Report on horse surra - Volume I
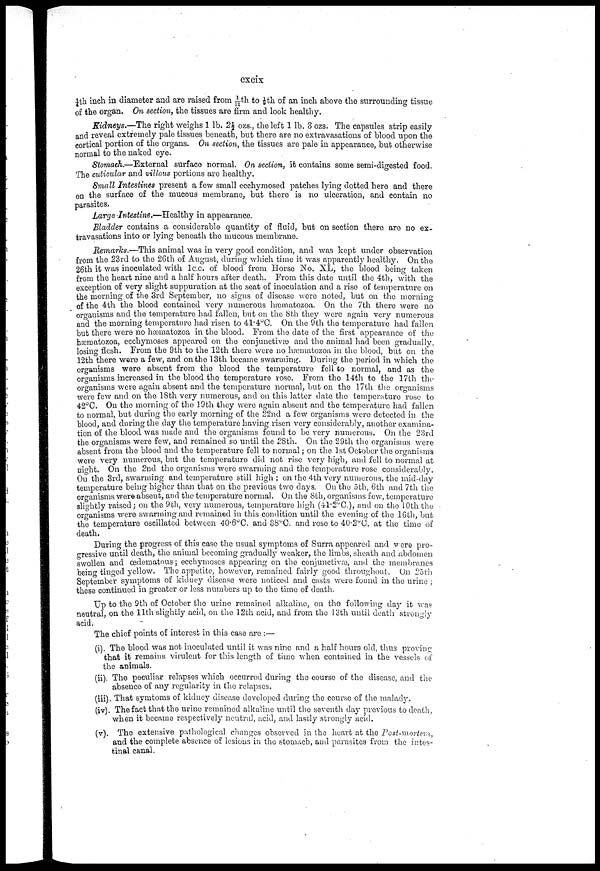
cxcix
¼th inch in diameter and are raised from 1/12th to ⅛th of an inch above the surrounding tissue
of the organ. On section, the tissues are firm and look healthy.
Kidneys.—The right weighs 1 lb. 2½ ozs., the left 1 lb. 8 ozs. The capsules strip easily
and reveal extremely pale tissues beneath, but there are no extravasations of blood upon the
cortical portion of the organs. On section, the tissues are pale in appearance, but otherwise
normal to the naked eye.
Stomach.—External surface normal. On section, it contains some semi-digested food.
The cuticular and villous portions are healthy.
Small Intestines present a few small ecchymosed patches lying dotted here and there
on the surface of the mucous membrane, but there is no ulceration, and contain no
parasites.
Large Intestine.—Healthy in appearance.
Bladder contains a considerable quantity of fluid, but on section there are no ex
travasations into or lying beneath the mucous membrane.
Remarks.—This animal was in very good condition, and was kept under observation
from the 23rd to the 26th of August, during which time it was apparently healthy. On the
26th it was inoculated with lc.c. of blood from Horse No. XL, the blood being taken
from the heart nine and a half hours after death. From this date until the 4th, with the
exception of very slight suppuration at the seat of inoculation and a rise of temperature on
the morning of the 3rd September, no signs of disease were noted, but on the morning
of the 4th the blood contained very numerous hæmatozoa. On the 7th there were no
orgauisms and the temperature had fallen, but on the 8 th they were again very numerous
and the morning temperature had risen to 41.4°C. On the 9th the temperature had fallen
but there were no hæmiatozoa in the blood. From the date of the first appearance of the
hæmatozoa, ecchymoses appeared on the conjunctivæ and the animal had been gradually,
losing flesh. From the 9th to the 12th there were no hæmatozoa in the blood, but on the
12th there wore a few, and on the 13th became swarming. During the period in which the
organisms were absent from the blood the temperature fell to normal, and as the
organisms increased in the blood the temperature rose. From the 14th to the 17th the
organisms were again absent and the temperature normal, but on the 17th the organisms
were few and on the I8th very numerous, and on this latter date the temperature rose to
42°C. On the morning of the 19th they were again absent and the temperature had fallen
to normal, but during the early morning of the 22nd a few organisms were detected in the
blood, and during the day the temperature having risen very considerably, another examina
tion of the blood was made and the organisms found to be very numerous. On the 23rd
the organisms were few, and remained so until the 28th. On the 29th the organisms were
absent from the blood and the temperature fell to normal on the 1st October the organisms
were very numerous, but the temperature did not rise very high, and fell to normal at
night. On the 2nd the organisms were swarming and the temperature rose considerably.
On the 3rd, swarming and temperature still high ; on the 4th very numerous, the mid-day
temperature being higher than that on the previous two days. On the 5th, 6th and 7th the
organisms were absent, and the temperature normal. On the 8th, organisms few, temperature
slightly raised; on the 9th, very numerous, temperature high (41.2°C), and on the 10th the
organisms were swarming and remained in this condition until the evening of the 16th, but
the temperature oscillated between 40.6°C. and 38°C. and rose to 40.2°C. at the time of
death.
During the progress of this case the usual symptoms of Surra appeared and were pro
gressive until death, the animal becoming gradually weaker, the limbs, sheath and abdomen
swollen and œdematnus; ecchymoses appearing on the conjunctivas, and the membranes
bein tinned yellow. The appetite, however, remained fairly good throughout. On 25th
September symptoms of kidney disease were noticed and ousts were found in the urine ;
these continued in greater or less numbers up to the time of death.
Up to the 9th of October the urine remained alkaline, on the following day it was
neutral, on the 11th slightly acid, on the 12th acid, and from the 13th until death strongly
acid.
The chief points of interest in thi3 case are :—
(i). The blood was not inoculated until it was nine and a half hours old, thus proving
that it remains virulent for this length of time when contained in the vessels of
the animals,
(ii). The peculiar relapses which occurred during the course of the disease, and the
absence of any regularity in the relapses.
(iii). That symtoms of kidney disease developed, during the course of the malady.
(iv). The fact that the urine remained alkaline until the seventh day previous to death,
when it became respectively neutral, acid, and lastly strongly acid.
(v). The extensive pathological changes observed in the heart at the Post-mortem,
and the complete absence of lesions in the stomach, and parasites from the intes
tinal canal.